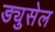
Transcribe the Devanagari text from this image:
ड्युसेल